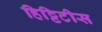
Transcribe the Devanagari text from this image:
हिट्टिटीस